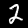
Label: 2